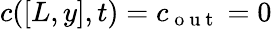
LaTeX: c([L,y],t)=c_{\mathrm{~o~u~t~}}=0